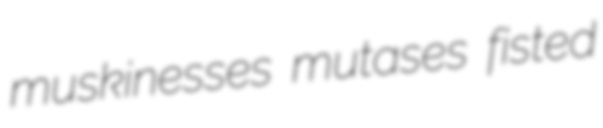
muskinesses mutases fisted